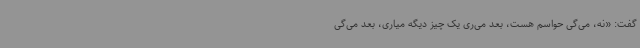
گفت: «نه، می‌گی حواسم هست، بعد می‌ری یک چیز دیگه میاری، بعد می‌گی